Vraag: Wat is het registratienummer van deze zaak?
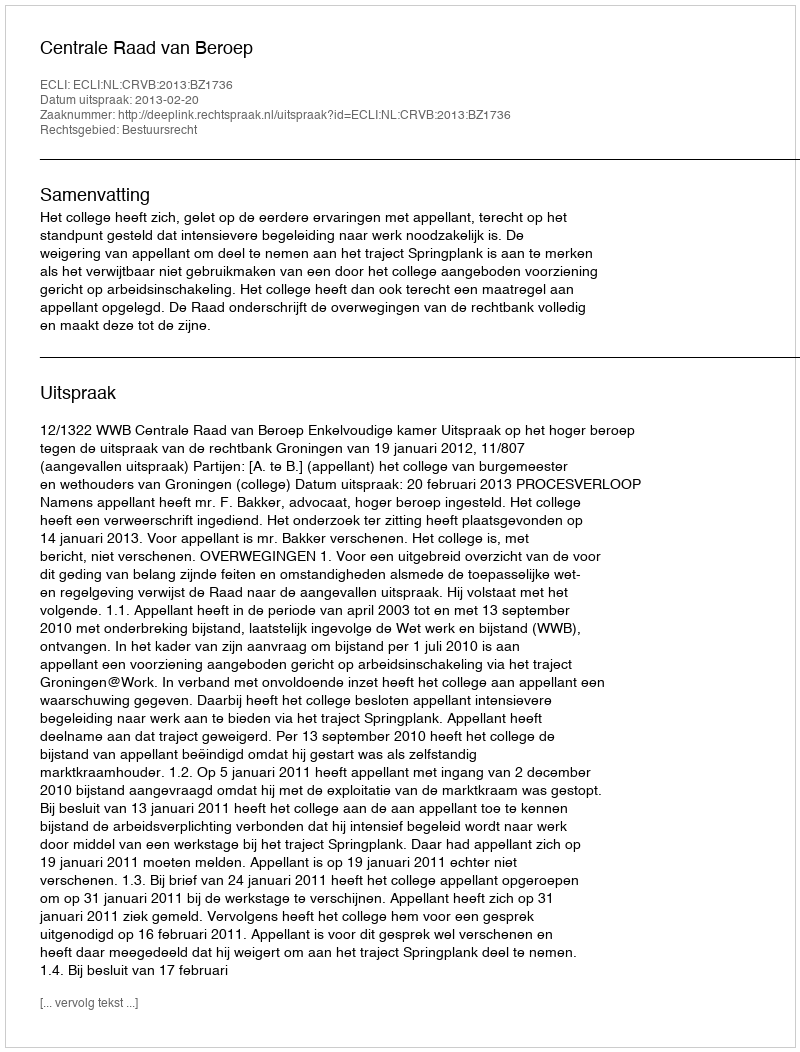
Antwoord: http://deeplink.rechtspraak.nl/uitspraak?id=ECLI:NL:CRVB:2013:BZ1736